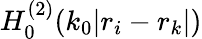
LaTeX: H_{0}^{(2)}(k_{0}|{r}_{i}-{r}_{k}|)